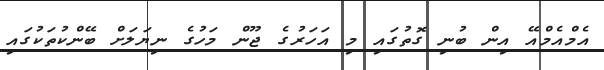
އެމްއެމްއޭ އިން ބުނި ގޮތުގައި މި އަހަރުގެ ޖޫން މަހުގެ ނިޔަލަށް ބޭންކުތަކުގައި